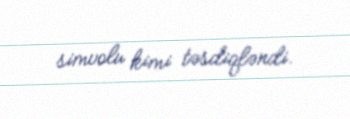
simvolu kimi təsdiqləndi.